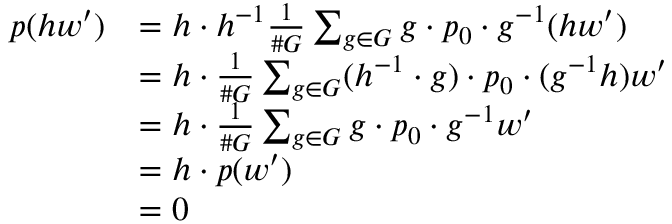
{ \begin{array} { r l } { p ( h w ^ { \prime } ) } & { = h \cdot h ^ { - 1 } { \frac { 1 } { \# G } } \sum _ { g \in G } g \cdot p _ { 0 } \cdot g ^ { - 1 } ( h w ^ { \prime } ) } \\ & { = h \cdot { \frac { 1 } { \# G } } \sum _ { g \in G } ( h ^ { - 1 } \cdot g ) \cdot p _ { 0 } \cdot ( g ^ { - 1 } h ) w ^ { \prime } } \\ & { = h \cdot { \frac { 1 } { \# G } } \sum _ { g \in G } g \cdot p _ { 0 } \cdot g ^ { - 1 } w ^ { \prime } } \\ & { = h \cdot p ( w ^ { \prime } ) } \\ & { = 0 } \end{array} }